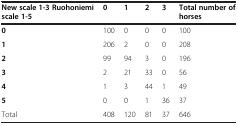
| New scale 1-3 Ruohoniemi scale 1-5 | 0 | 1 | 2 | 3 | Total number of horses |
 | --- | --- | --- | --- | --- | --- |
 | 0 | 100 | 0 | 0 | 0 | 100 |
 | 1 | 206 | 2 | 0 | 0 | 208 |
 | 2 | 99 | 94 | 3 | 0 | 196 |
 | 3 | 2 | 21 | 33 | 0 | 56 |
 | 4 | 1 | 3 | 44 | 1 | 49 |
 | 5 | 0 | 0 | 1 | 36 | 37 |
 | Total | 408 | 120 | 81 | 37 | 646 |